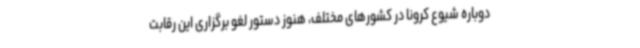
دوباره شیوع کرونا در کشورهای مختلف، هنوز دستور لغو برگزاری این رقابت